Leaving Certificate Examination, 1919
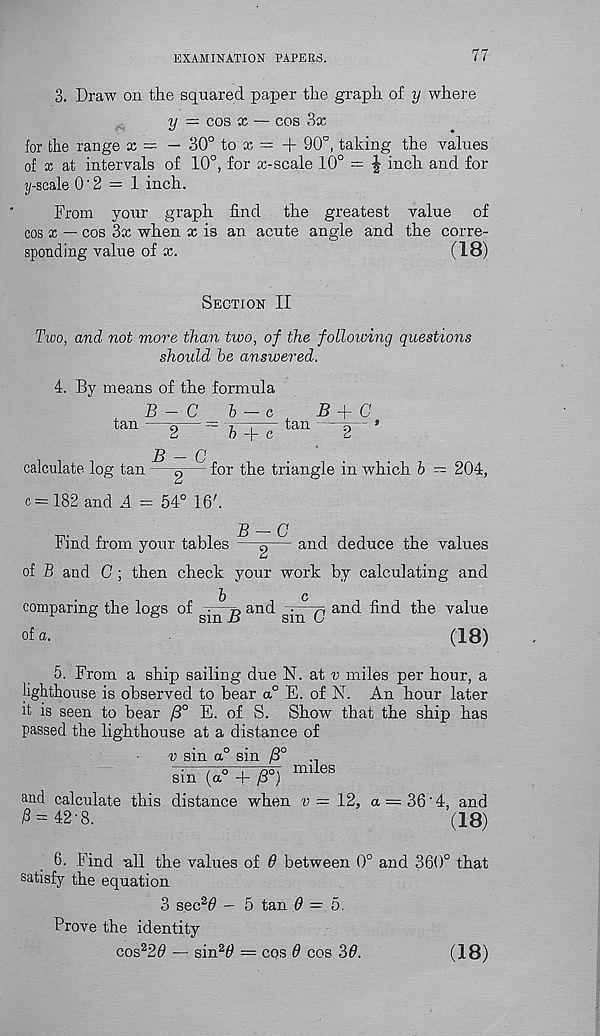
EXAMINATION PAPERS.
77
3. Draw on the squared paper the graph of y where
y — cos x — cos 3x
for the range x = — 30° to x = + 90°, taking the values
of x at intervals of 10°, for x-scale 10° = | inch and for
ij-scale 0 ’ 2 = 1 inch.
From your graph find the greatest value of
cos x — cos 3x when x is an acute angle and the corre-
sponding value of x.
(18)
Section II
Two, and not more than two, of the following questions
should he answered.
4. By means of the formula
B - C
tan
b — c
B
C
7 n— tan
n - >
h A- r.
d
B — C
calculate log tan —s— for the triangle in which b — 204,
c — 182 and .4. = 54° 16'.
Find from your tables
B-C
and deduce the values
of B and C ; then check your work by calculating and
b
c
comparing the logs of s - n and
q and find the value
of a.
(18)
5. From a ship sailing due N. at v miles per hour, a
lighthouse is observed to bear a° E. of N. An hour later
it is seen to bear /3° E. of S. Show that the ship has
passed the lighthouse at a distance of
v sin a° sin /3°
sin (a° + /3°)
and calculate this distance when v
iS = 42-8.
miles
12, a = 36'4, and
(18)
6. Find all the values of 6 between 0° and 360° that
satisfy the equation
3 sec 2 # — 5 tan 0 = 5.
Prove the identity
cos 2 2# — sin 2 # = cos # cos 3#.
(18)